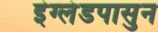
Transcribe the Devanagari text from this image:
इंग्लंडपासुन